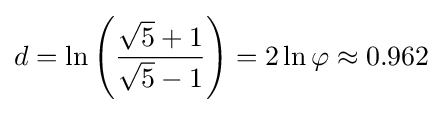
d=\ln \left({\frac {{\sqrt {5}}+1}{{\sqrt {5}}-1}}\right)=2\ln \varphi \approx 0.962